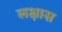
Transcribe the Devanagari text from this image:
लक्षास